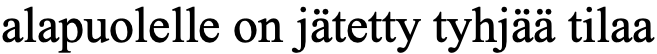
alapuolelle on jätetty tyhjää tilaa